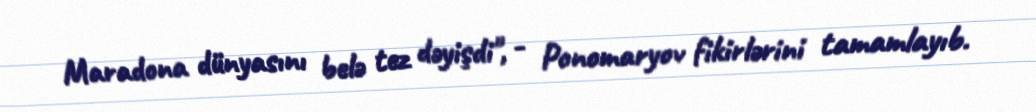
Maradona dünyasını belə tez dəyişdi", - Ponomaryov fikirlərini tamamlayıb.